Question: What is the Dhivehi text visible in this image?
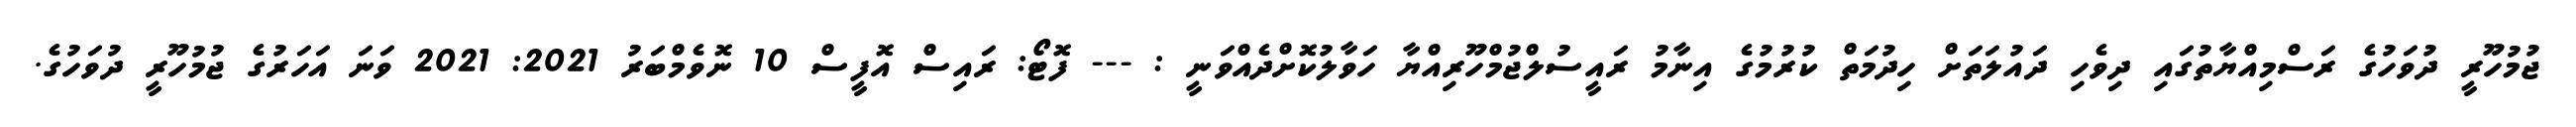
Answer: ޖުމުހޫރީ ދުވަހުގެ ރަސްމިއްޔާތުގައި ދިވެހި ދައުލަތަށް ހިދުމަތް ކުރުމުގެ އިނާމު ރައީސުލްޖުމްހޫރިއްޔާ ހަވާލުކޮށްދެއްވަނީ : --- ފޮޓޯ: ރައިސް އޮފީސް 10 ނޮވެމްބަރު 2021: 2021 ވަނަ އަހަރުގެ ޖުމުހޫރީ ދުވަހުގެ.